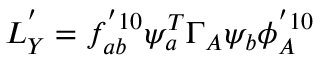
{ \cal L } _ { Y } ^ { ' } = f _ { a b } ^ { ' 1 0 } \psi _ { a } ^ { T } \Gamma _ { A } \psi _ { b } \phi _ { A } ^ { ' 1 0 }